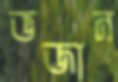
ভজান